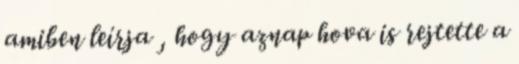
amiben leírja , hogy aznap hova is rejtette a